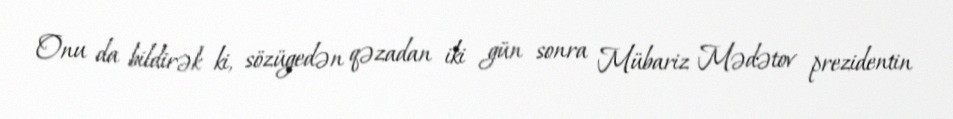
Onu da bildirək ki, sözügedən qəzadan iki gün sonra Mübariz Mədətov prezidentin